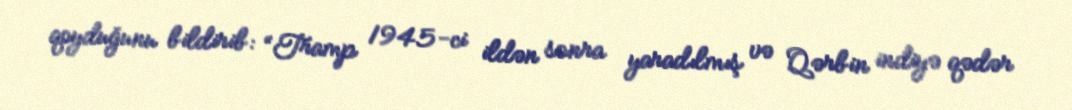
qoyduğunu bildirib: “Tramp 1945-ci ildən sonra yaradılmış və Qərbin indiyə qədər